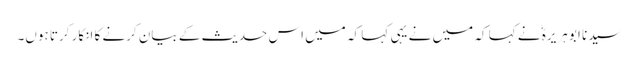
سیدنا ابو ہریرہؓ نے کہا کہ میں نے یہی کہا کہ میں اس حدیث کے بیان کرنے کا انکار کرتا ہوں۔